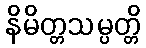
နိမိတ္တသမ္ပတ္တိ